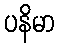
ပနိမာ